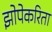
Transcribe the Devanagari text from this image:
झोपेकरिता